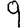
Digit: 9